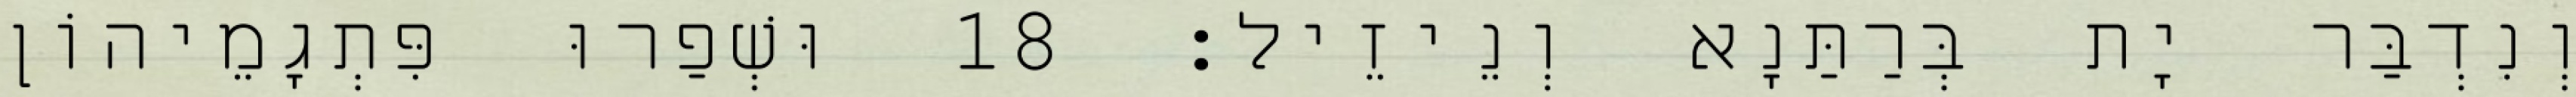
וְנִדְבַּר יָת בְּרַתַּנָא וְנֵיזֵיל׃ 18 וּשְׁפַרוּ פִּתְגָמֵיהוֹן